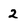
Character: 2